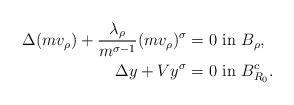
LaTeX: \begin{align*}\Delta (m v_\rho) + \frac{\lambda_\rho}{m^{\sigma-1}}(mv_\rho)^\sigma&= 0 \textrm{ in } B_\rho,\\\Delta y + V y^\sigma &= 0 \textrm{ in } B_{R_0}^c.\end{align*}